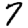
Digit: 7